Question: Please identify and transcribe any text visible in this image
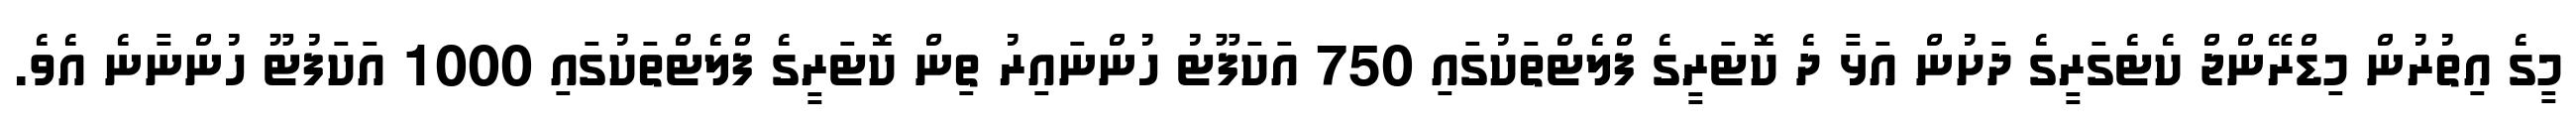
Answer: މީގެ އިތުރުން މިޑްރޭންޖް ކެޓެގަރީގެ ދަށުން އަޅާ ދެ ކޮޓަރީގެ ފްލެޓްތަކުގައި 750 އަކަފޫޓު ހުންނައިރު ތިން ކޮޓަރީގެ ފްލެޓްތަކުގައި 1000 އަކަފުޓޫ ހުންނާނެ އެވެ.